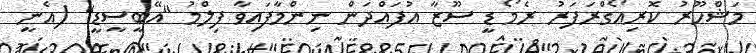
މަޝްހޫރު ކޮރިއޯގްރަފަރު ރެމޯ ޑީ ސޫޒާ އުފައްދަން ނިންމާފައިވާ ފިލްމު "އޭބީސީޑީ" (އެނީ